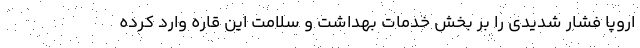
اروپا فشار شدیدی را بر بخش خدمات بهداشت و سلامت این قاره وارد کرده